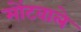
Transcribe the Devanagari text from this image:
मोंटवाले